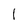
Character: 1